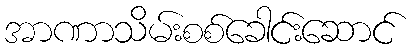
အာဏာသိမ်းစစ်ခေါင်းဆောင်